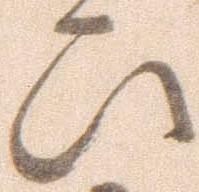
ひ